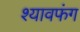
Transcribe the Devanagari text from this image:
श्यावफंग